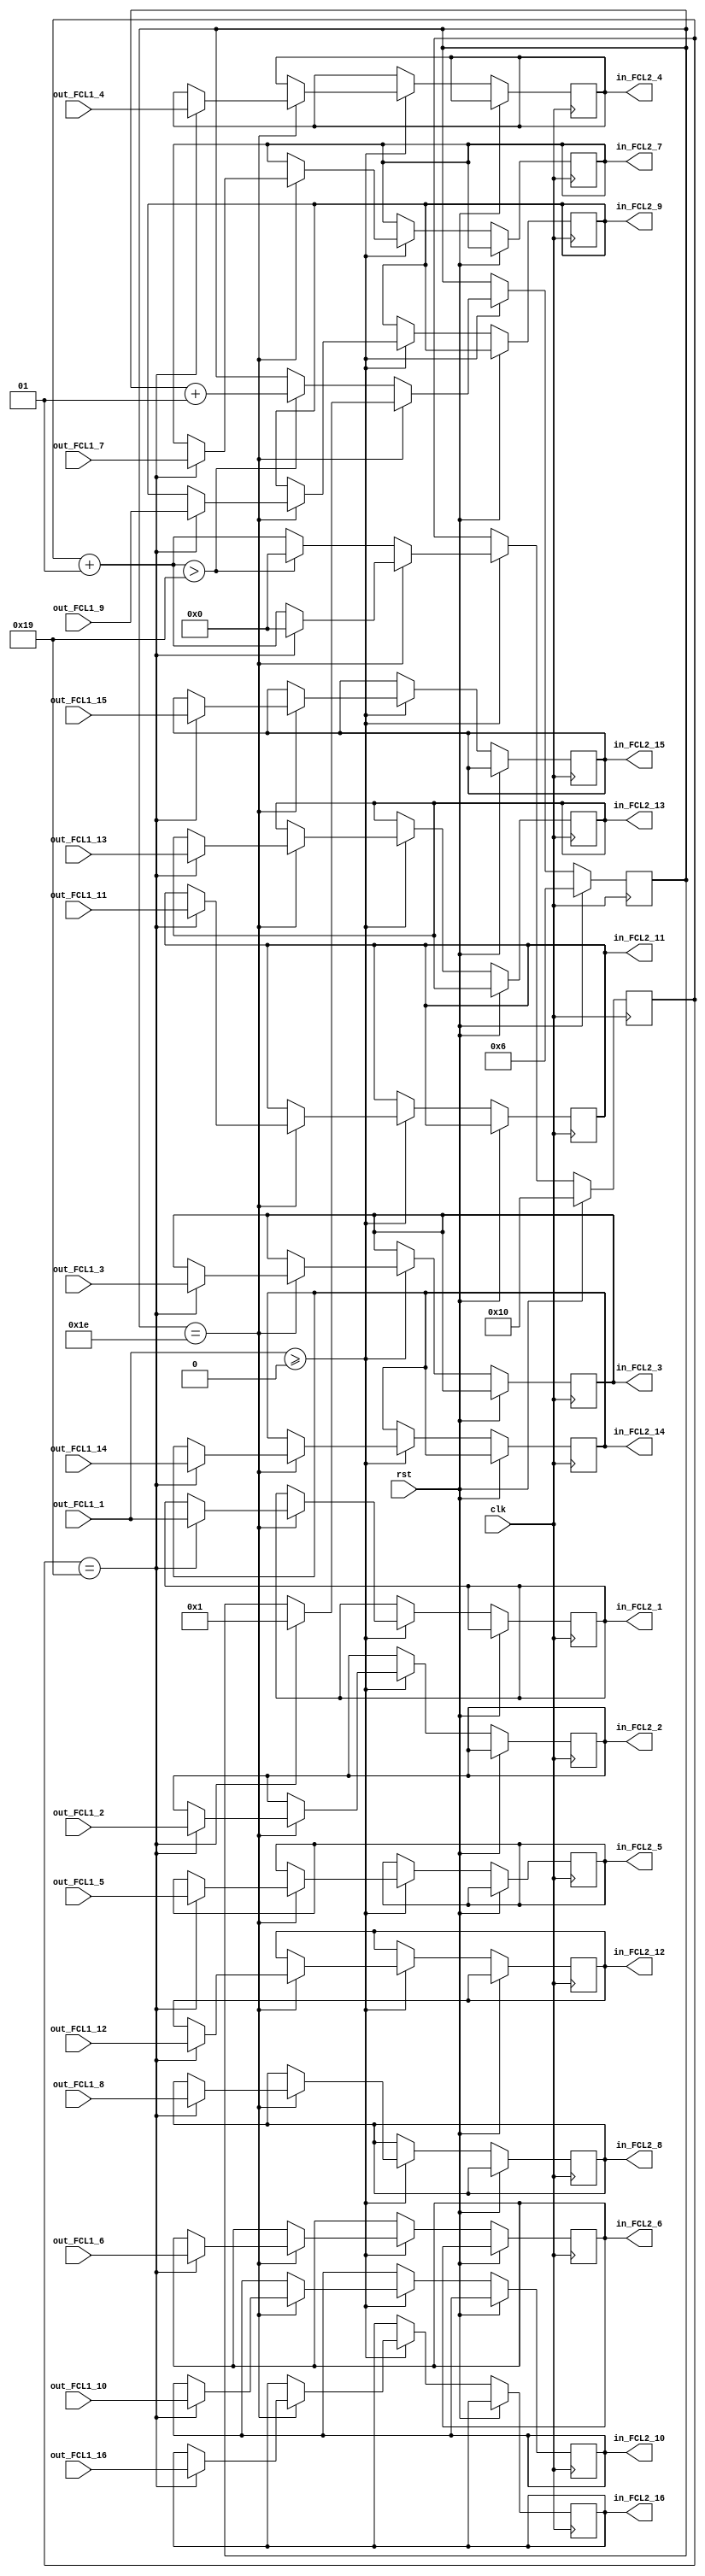
//*************************************************//
//*******************************************//
//*******************************************************//
//***************************************************//
//********************CNNFPGA******************//
//********************2019.06.01*******************************//
//*************************************************//

module clk6(
	clk,
	rst,
	out_FCL1_1,
	out_FCL1_2,
	out_FCL1_3,
	out_FCL1_4,
	out_FCL1_5,
	out_FCL1_6,
	out_FCL1_7,
	out_FCL1_8,
	out_FCL1_9,
	out_FCL1_10,
	out_FCL1_11,
	out_FCL1_12,
	out_FCL1_13,
	out_FCL1_14,
	out_FCL1_15,
	out_FCL1_16,
	
	in_FCL2_1,
	in_FCL2_2,
	in_FCL2_3,
	in_FCL2_4,
	in_FCL2_5,
	in_FCL2_6,
	in_FCL2_7,
	in_FCL2_8,
	in_FCL2_9,
	in_FCL2_10,
	in_FCL2_11,
	in_FCL2_12,
	in_FCL2_13,
	in_FCL2_14,
	in_FCL2_15,
	in_FCL2_16
);

input clk;
input rst;

//16
input [15:0] out_FCL1_1;
input [15:0] out_FCL1_2;
input [15:0] out_FCL1_3;
input [15:0] out_FCL1_4;
input [15:0] out_FCL1_5;
input [15:0] out_FCL1_6;
input [15:0] out_FCL1_7;
input [15:0] out_FCL1_8;
input [15:0] out_FCL1_9;
input [15:0] out_FCL1_10;
input [15:0] out_FCL1_11;
input [15:0] out_FCL1_12;
input [15:0] out_FCL1_13;
input [15:0] out_FCL1_14;
input [15:0] out_FCL1_15;
input [15:0] out_FCL1_16;

//
output reg [15:0] in_FCL2_1;
output reg [15:0] in_FCL2_2;
output reg [15:0] in_FCL2_3;
output reg [15:0] in_FCL2_4;
output reg [15:0] in_FCL2_5;
output reg [15:0] in_FCL2_6;
output reg [15:0] in_FCL2_7;
output reg [15:0] in_FCL2_8;
output reg [15:0] in_FCL2_9;
output reg [15:0] in_FCL2_10;
output reg [15:0] in_FCL2_11;
output reg [15:0] in_FCL2_12;
output reg [15:0] in_FCL2_13;
output reg [15:0] in_FCL2_14;
output reg [15:0] in_FCL2_15;
output reg [15:0] in_FCL2_16;

//
integer line;
integer count;

always @(posedge clk)
begin
	if(rst) begin
		count = 16;
		line  = 6;
	end
	
	else begin
		if(out_FCL1_1>=0) begin
			if(line==30) begin
				if(count==25) begin
					in_FCL2_1 = out_FCL1_1;
					in_FCL2_2 = out_FCL1_2;
					in_FCL2_3 = out_FCL1_3;
					in_FCL2_4 = out_FCL1_4;
					in_FCL2_5 = out_FCL1_5;
					in_FCL2_6 = out_FCL1_6;
					in_FCL2_7 = out_FCL1_7;
					in_FCL2_8 = out_FCL1_8;
					in_FCL2_9 = out_FCL1_9;
					in_FCL2_10 = out_FCL1_10;
					in_FCL2_11 = out_FCL1_11;
					in_FCL2_12 = out_FCL1_12;
					in_FCL2_13 = out_FCL1_13;
					in_FCL2_14 = out_FCL1_14;
					in_FCL2_15 = out_FCL1_15;
					in_FCL2_16 = out_FCL1_16;
					//$display("in_FCL2_16 = %h", in_FCL2_16);
					count = 0;
					line = 1;
				end
				
				else begin
					count = count + 1;
				end
			end
			
			else begin
				count = count + 1;
				if(count>25) begin
					count = 0;
					line = line + 1;
				end
			end
		end
	end
end


endmodule